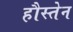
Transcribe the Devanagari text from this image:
हौस्तेन